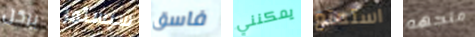
بركل سيستمر فاسق يمكنني استمتع متجهه